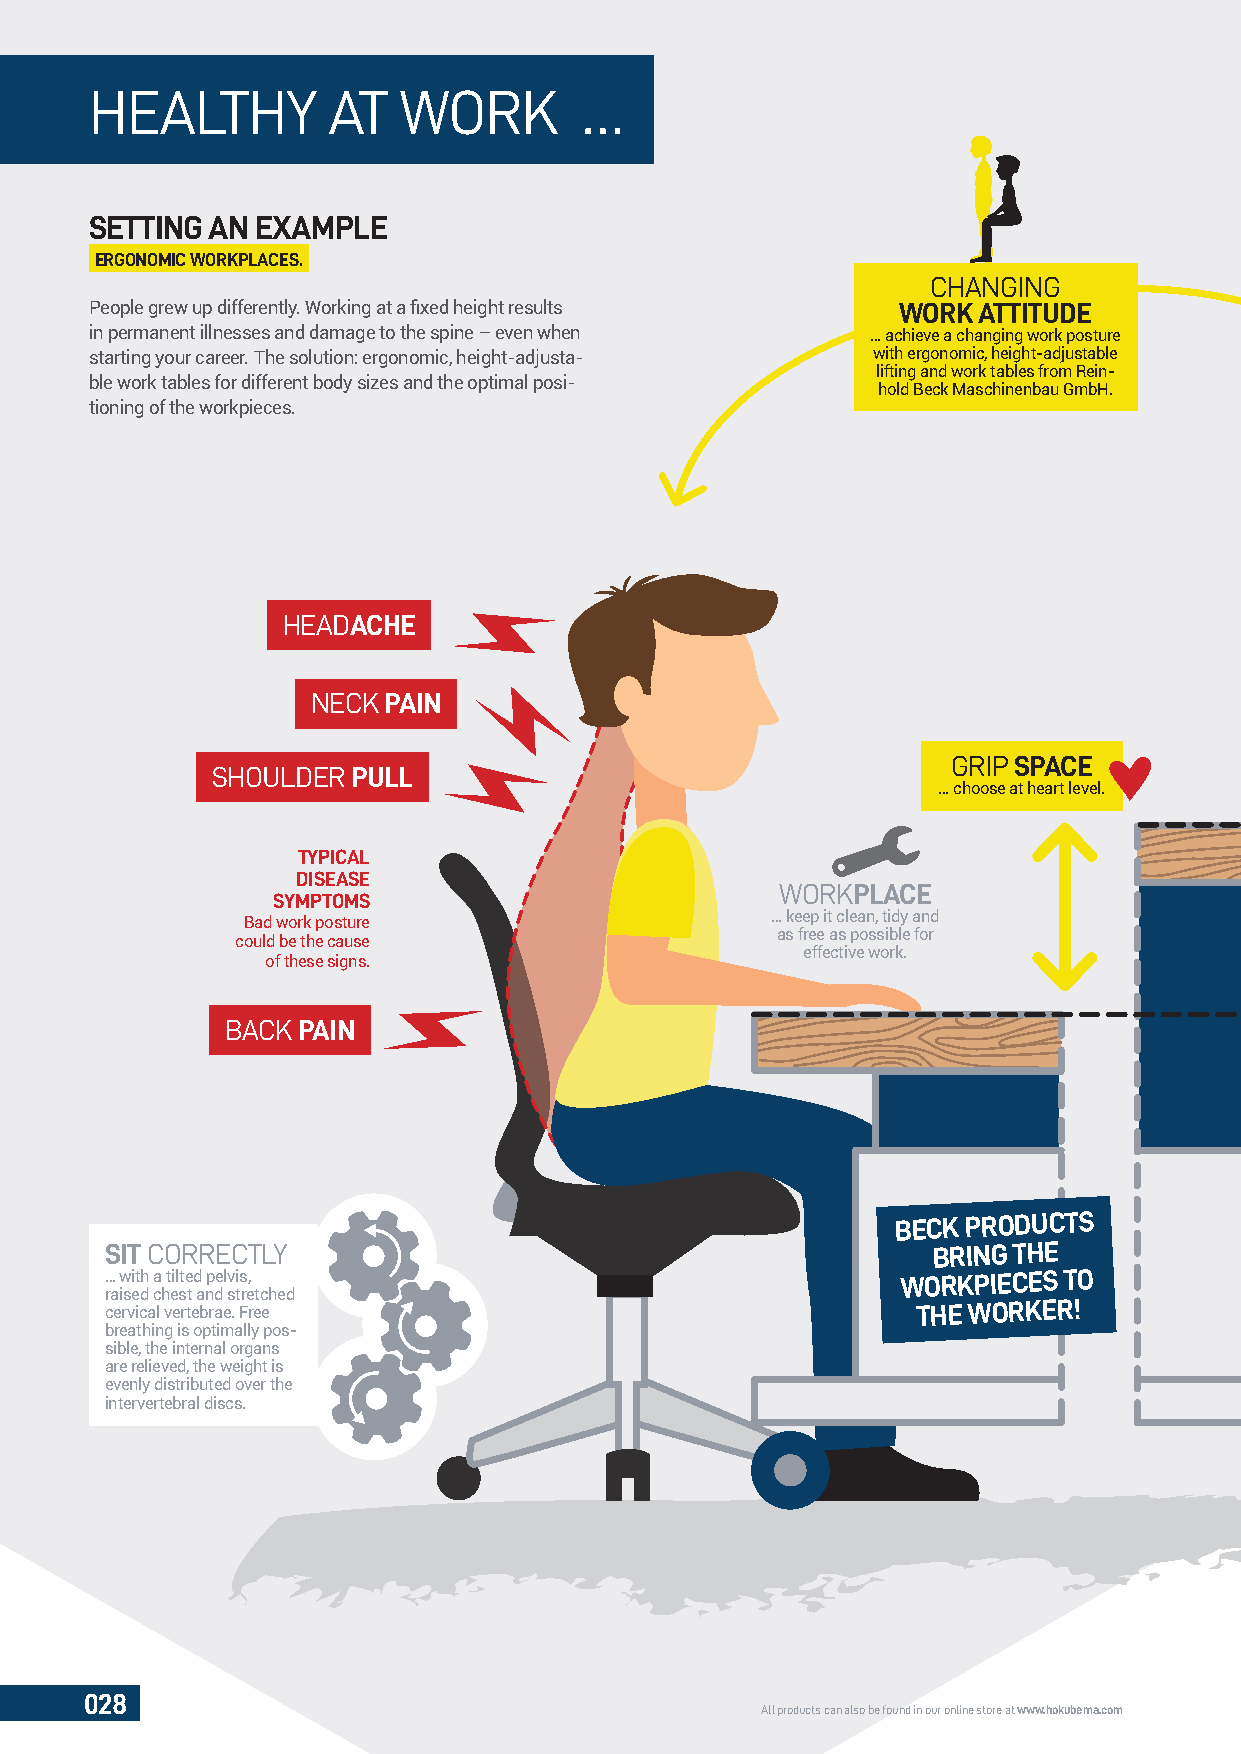
HEALTHY         AT  WORK         …
 SETTING AN EXAMPLE
 ERGONOMIC WORKPLACES.
 CHANGING
 People grew up differently. Working at a fi xed height results WORK ATTITUDE
 in permanent illnesses and damage to the spine – even when … achieve a changing work posture
 starting your career. The solution: ergonomic, height-adjusta- with ergonomic, height-adjustable
 lifting and work tables from Rein-
 ble work tables for different body sizes and the optimal posi-
 hold Beck Maschinenbau GmbH.
 tioning of the workpieces.
 HEADACHE
 NECK PAIN
 GRIP SPACE
 SHOULDER PULL
 … choose at heart level.
 TYPICAL
 DISEASE
 WORKPLACE
 SYMPTOMS
 Bad work posture                   … keep it clean, tidy and
 as free as possible for
 could be the cause
 effective work.
 of these signs.
 BACK PAIN
 BECK
 PRODUCTS
 SIT CORRECTLY                                          BRING THE
 … with a tilted pelvis,                              WORKPIECES TO
 raised chest and stretched
 cervical vertebrae. Free                              THE WORKER!
 breathing is optimally pos-
 sible, the internal organs
 are relieved, the weight is
 evenly distributed over the
 intervertebral discs.
 028
 All products can also be found in our online store at www.hokubema.com